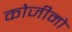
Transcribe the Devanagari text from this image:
कोजीमो